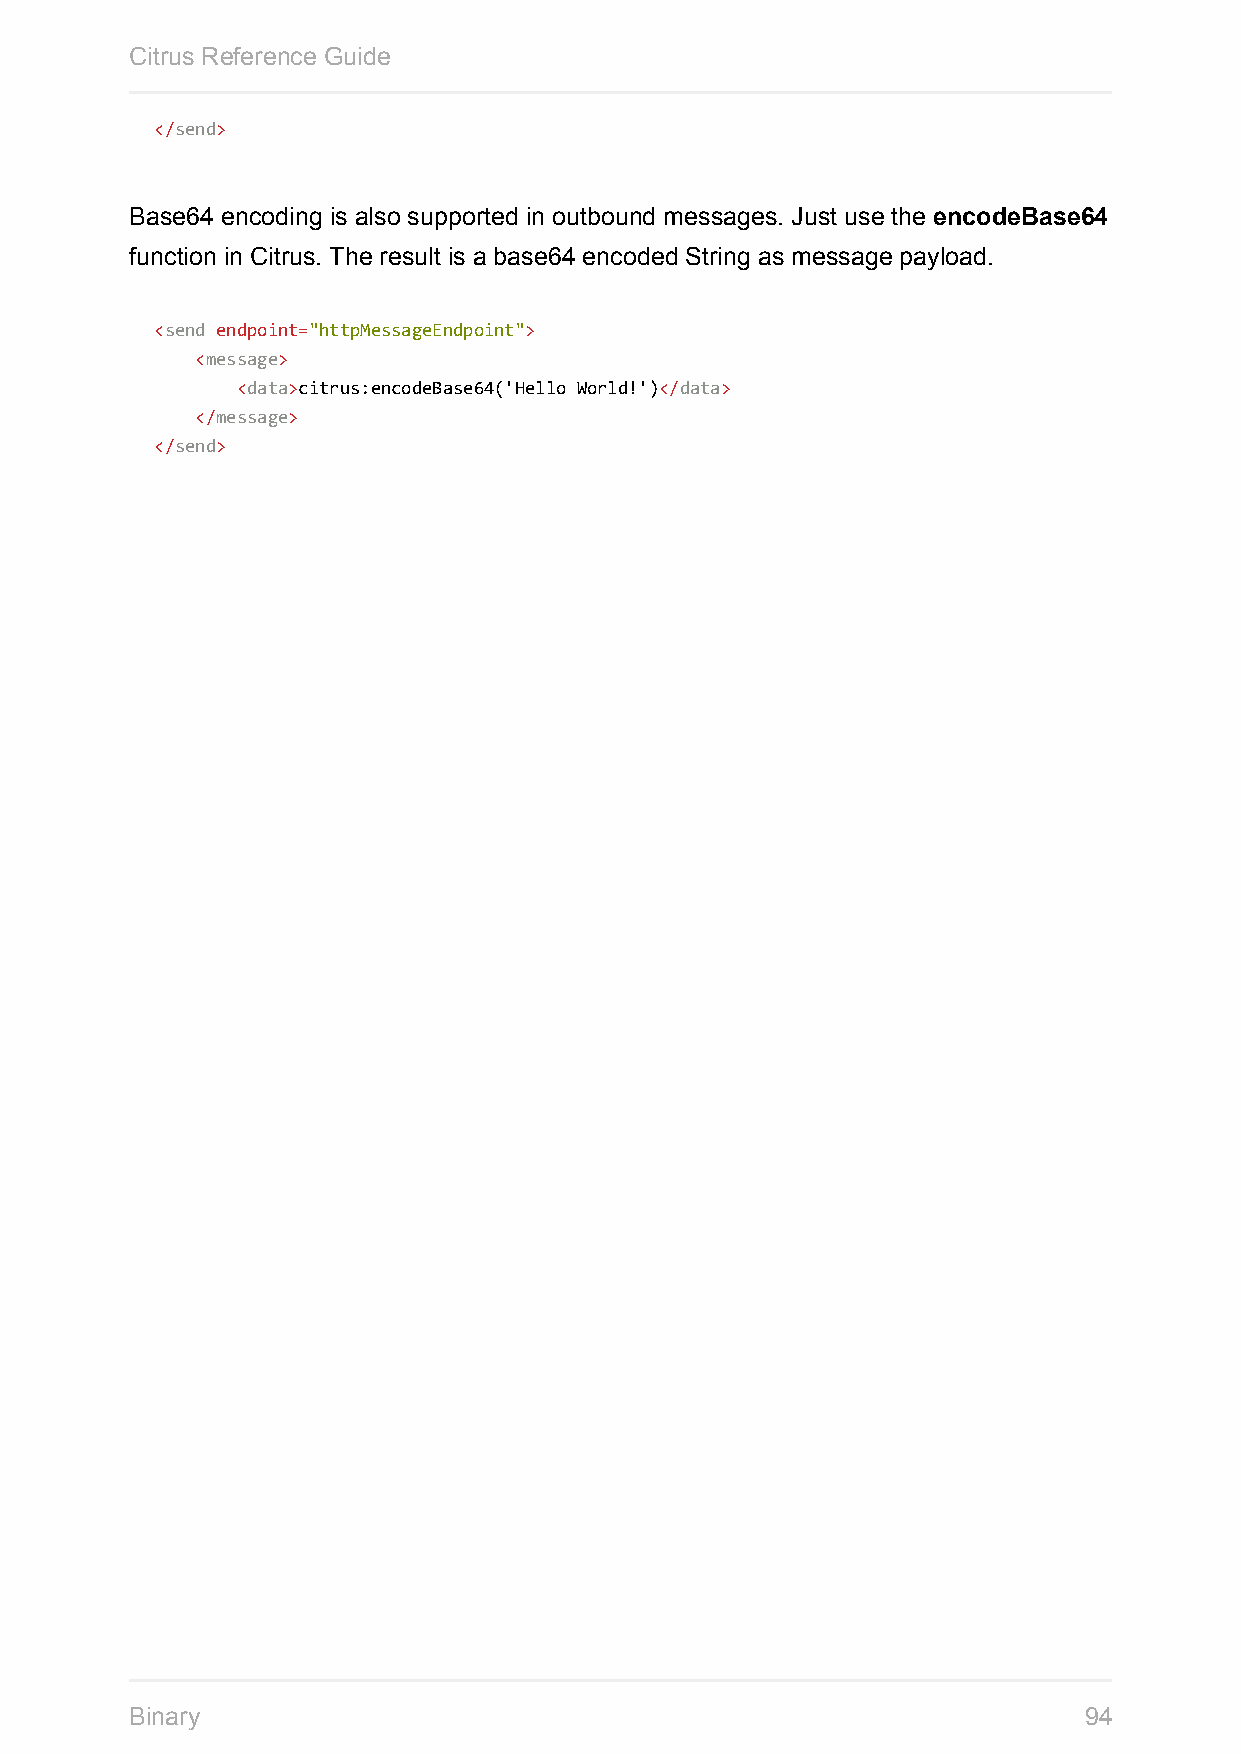
Citrus Reference Guide
 </send>
 Base64 encoding is also supported in outbound messages. Just use the encodeBase64
 function in Citrus. The result is a base64 encoded String as message payload.
 <send endpoint="httpMessageEndpoint">
 <message>
 <data>citrus:encodeBase64('Hello World!')</data>
 </message>
 </send>
 Binary                                                         94